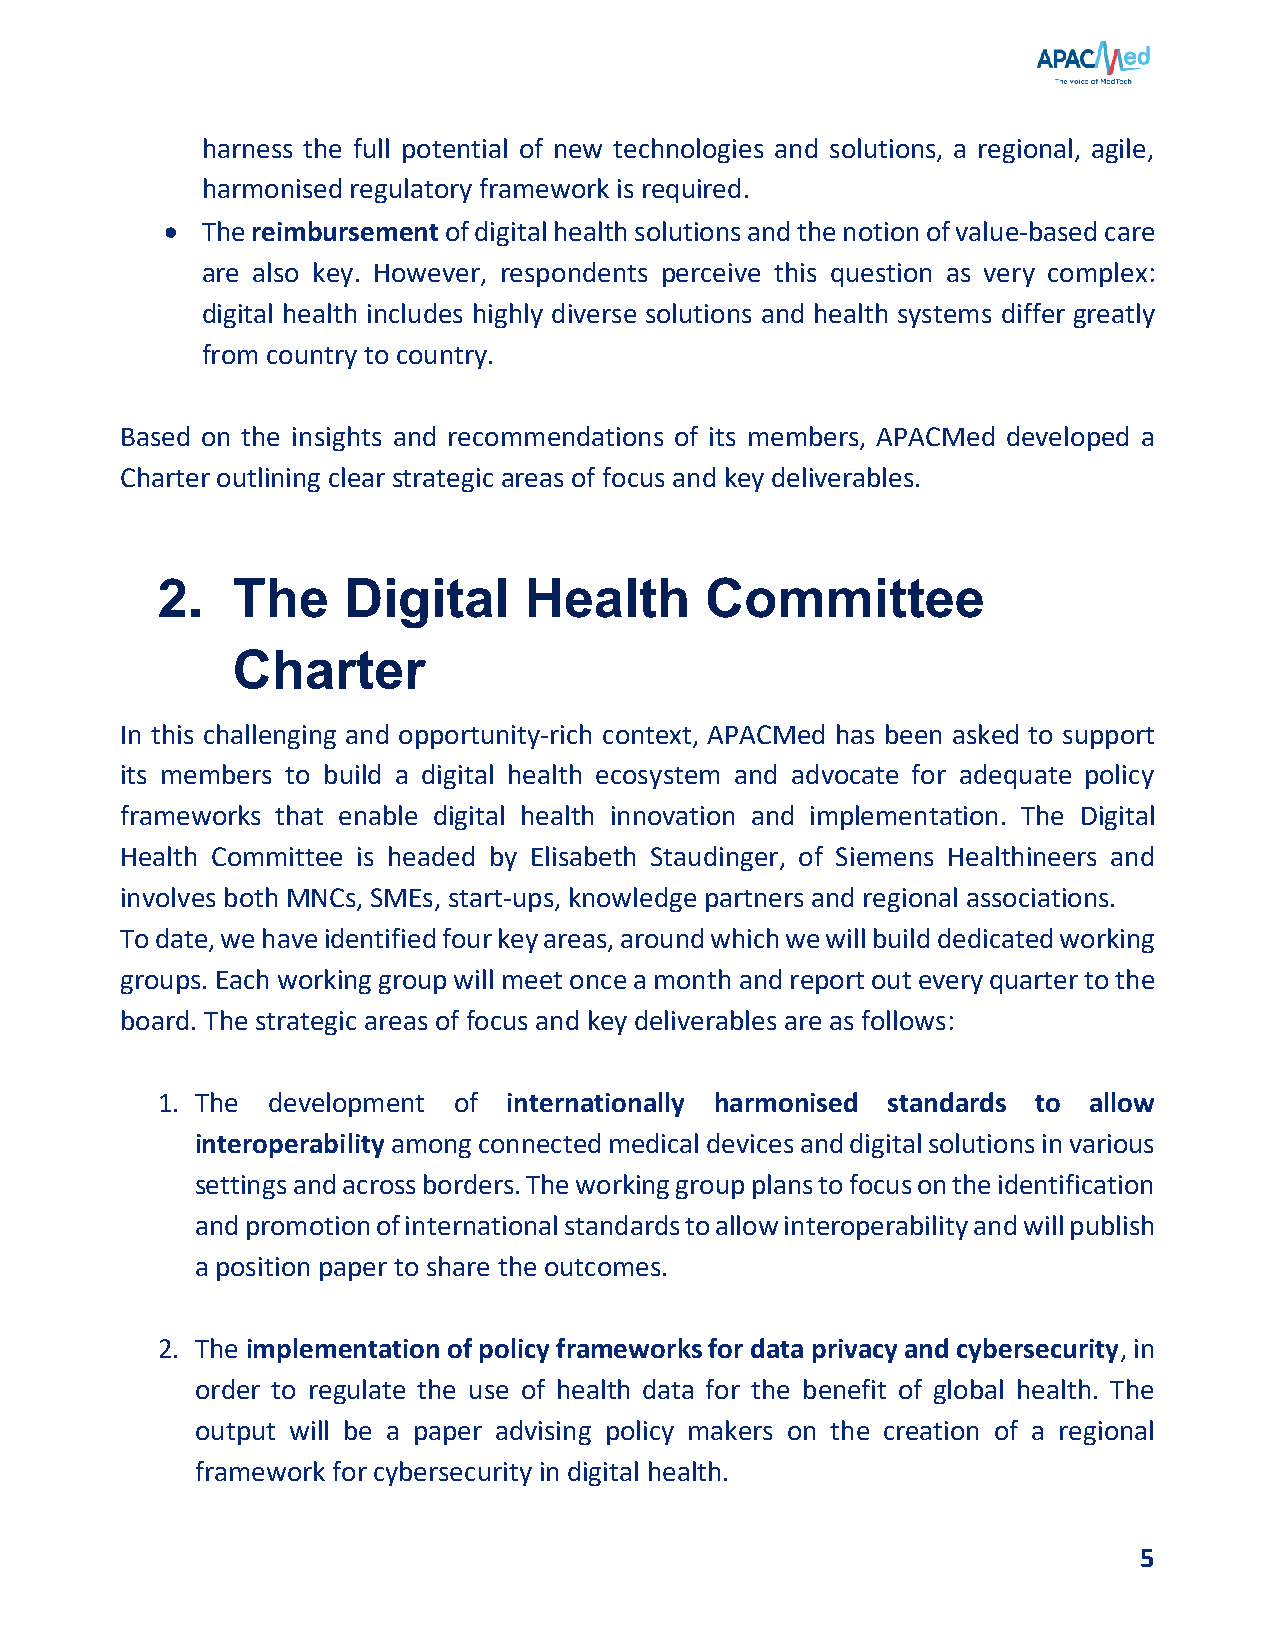
harness the full potential of new technologies and solutions, a regional, agile,
 harmonised regulatory framework is required.
 • The reimbursement of digital health solutions and the notion of value-based care
 are also key. However, respondents perceive this question as very complex:
 digital health includes highly diverse solutions and health systems differ greatly
 from country to country.
 Based on the insights and recommendations of its members, APACMed developed a
 Charter outlining clear strategic areas of focus and key deliverables.
 2.   The     Digital     Health      Committee
 Charter
 In this challenging and opportunity-rich context, APACMed has been asked to support
 its members to build a digital health ecosystem and advocate for adequate policy
 frameworks that enable digital health innovation and implementation. The Digital
 Health Committee is headed by Elisabeth Staudinger, of Siemens Healthineers and
 involves both MNCs, SMEs, start-ups, knowledge partners and regional associations.
 To date, we have identified four key areas, around which we will build dedicated working
 groups. Each working group will meet once a month and report out every quarter to the
 board. The strategic areas of focus and key deliverables are as follows:
 1. The  development of  internationally harmonised standards to allow
 interoperability among connected medical devices and digital solutions in various
 settings and across borders. The working group plans to focus on the identification
 and promotion of international standards to allow interoperability and will publish
 a position paper to share the outcomes.
 2. The implementation of policy frameworks for data privacy and cybersecurity, in
 order to regulate the use of health data for the benefit of global health. The
 output will be a paper advising policy makers on the creation of a regional
 framework for cybersecurity in digital health.
 5